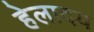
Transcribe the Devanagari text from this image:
हेलादय